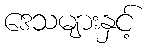
ဒေသများနှင့်